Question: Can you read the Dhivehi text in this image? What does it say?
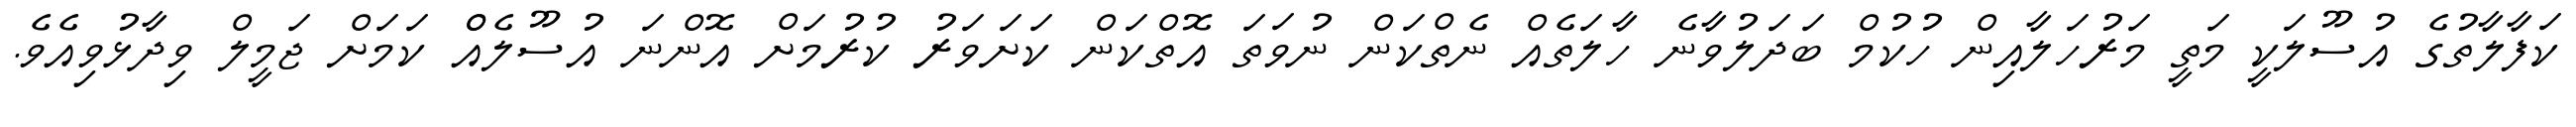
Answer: ކަފާލާތުގެ އުސޫލަކީ މަތީ މަރުހަލާއިން ހުކުމް ބަދަލުވާނެ ހާލަތެއް ނެތްކަން ނުވަތަ އޮތްކަން ކަށަވަރު ކުރުމަށް އޮންނަ އުސޫލެއްް ކަމަށް ޖަމީލް ވިދާޅުވިއެވެ.